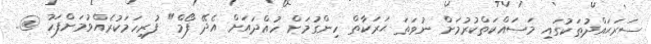
ސަރަޙައްދުތަކުގައި މަސައްކަތްކުރުމަށް ނުވަތަ ޙަރަކާތް ހިންގުމަށް ހުއްދައަށް އެދޭ ފޯމް" ފުރިހަމަކުރެއްވުމަށްފަހު @..